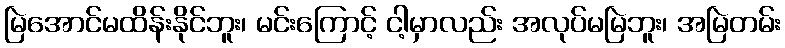
မြဲအောင်မထိန်းနိုင်ဘူး၊ မင်းကြောင့် ငါ့မှာလည်း အလုပ်မမြဲဘူး၊ အမြဲတမ်း